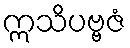
ဣသိပဗ္ဗဇံ